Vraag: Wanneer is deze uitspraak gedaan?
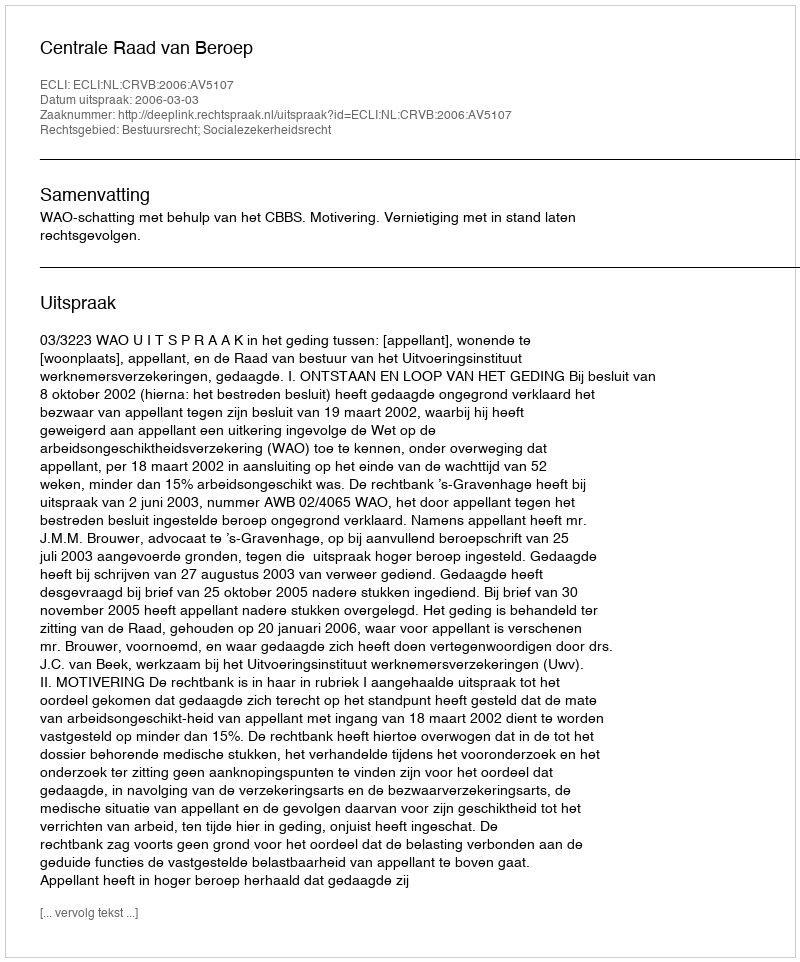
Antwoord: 2006-03-03